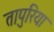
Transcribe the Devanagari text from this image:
तापुरिया